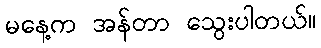
မနေ့က အန်တာ သွေးပါတယ်။